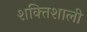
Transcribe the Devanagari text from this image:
शक्‍ितशाली